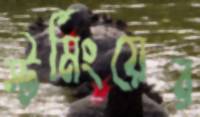
স্টর্মিংয়ের